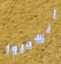
انسحبوا